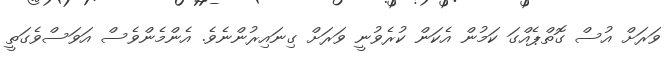
ވަރަށް އުސް ގޮތްޕެއްގަ ކަމުން އެކަން ކުރެވުނީ ވަރަށް ގިނައިރުންނެވެ. އެންމެންވެސް އަވަސްވެގަތީ